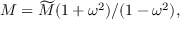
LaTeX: M = \widetilde { M } ( 1 + \omega ^ { 2 } ) / ( 1 - \omega ^ { 2 } ) ,